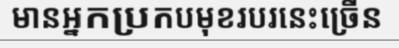
មានអ្នកប្រកបមុខរបរនេះច្រើន